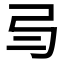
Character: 𢎥